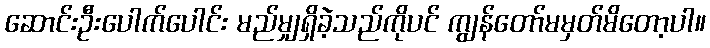
ဆောင်းဦးပေါက်ပေါင်း မည်မျှရှိခဲ့သည်ကိုပင် ကျွန်တော်မမှတ်မိတော့ပါ။